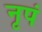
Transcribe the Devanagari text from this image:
नृपं